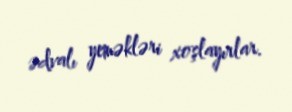
ədvalı yeməkləri xoşlayırlar.